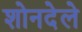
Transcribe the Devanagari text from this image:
शोनदेले